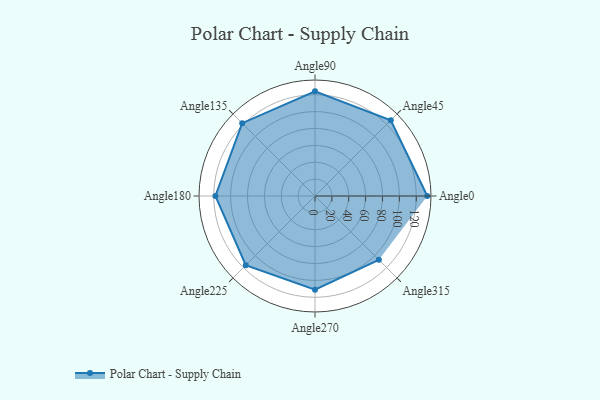
{"axis": {"x": "Angle", "y": "Radius"}, "legend": [""], "data": [{"x": "Angle0", "y": 133.0, "type": ""}, {"x": "Angle45", "y": 127.0, "type": ""}, {"x": "Angle90", "y": 124.0, "type": ""}, {"x": "Angle135", "y": 122.0, "type": ""}, {"x": "Angle180", "y": 118.0, "type": ""}, {"x": "Angle225", "y": 116.0, "type": ""}, {"x": "Angle270", "y": 111.0, "type": ""}, {"x": "Angle315", "y": 107.0, "type": ""}]}